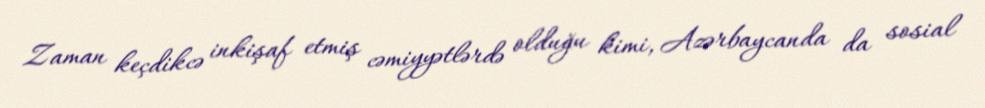
Zaman keçdikcə inkişaf etmiş cəmiyyətlərdə olduğu kimi, Azərbaycanda da sosial